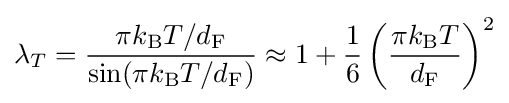
\lambda _{T}={\frac {\pi k_{\mathrm {B} }T/d_{\mathrm {F} }}{\sin(\pi k_{\mathrm {B} }T/d_{\mathrm {F} })}}\approx 1+{\frac {1}{6}}\left({\frac {\pi k_{\mathrm {B} }T}{d_{\mathrm {F} }}}\right)^{2}